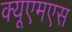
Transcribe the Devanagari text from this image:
क्यूएमएस